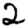
Digit: 2